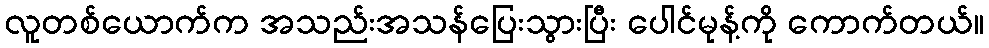
လူတစ်ယောက်က အသည်းအသန်ပြေးသွားပြီး ပေါင်မုန့်ကို ကောက်တယ်။